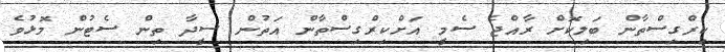
ކިރްގިސްތާން ބަލިކޮށް ރާއްޖެ ސެމީ އަށްކިރްގިސްތާން އަތުން ސީދާ ތިން ސެޓުން މޮޅުވެ